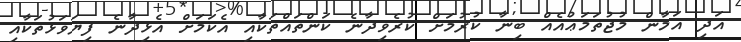
އަދި އަމާން މުޖުތަމަޢުއެއް ބިނާ ކުރުމަށް ކުރެވިދާނެ ކަންތައްތަކާއި އެކަމަށް އެޅިދާނެ ފިޔަވަޅުތަކާއި